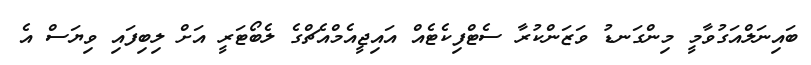
ބައިނަލްއަގުވާމީ މިންގަނޑު ވަޒަންކުރާ ސެޓްފިކެޓެއް އައިޖީއެމްއެޗްގެ ލެބޯޓަރީ އަށް ލިބިފައި ވިޔަސް އެ